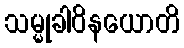
သမ္မုခါဝိနယောတိ